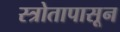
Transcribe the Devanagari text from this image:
स्त्रोतापासून